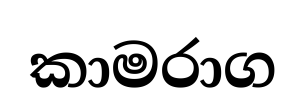
කාමරාග